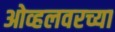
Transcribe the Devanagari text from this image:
ओव्हलवरच्या